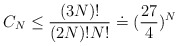
\begin{align*}C_N \leq \frac{(3N)!}{(2N)!N!} \doteq (\frac{27}{4})^N\end{align*}